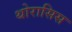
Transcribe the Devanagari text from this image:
थोरासिस